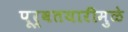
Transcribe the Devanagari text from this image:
पूर्वतयारीमुळे